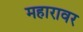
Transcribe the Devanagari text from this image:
महारावर